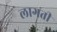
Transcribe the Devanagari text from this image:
लागती